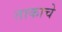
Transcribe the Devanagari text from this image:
ताकाचे